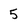
Character: 5